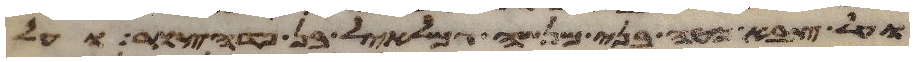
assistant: ועל צבא מטה בני מנשה גמלאל בן פדהצור ועל